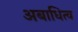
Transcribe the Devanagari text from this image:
अबाधित्व